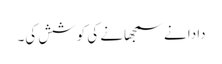
دادا نے سمجھانے کی کوشش کی۔